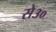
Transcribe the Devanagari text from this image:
से३०